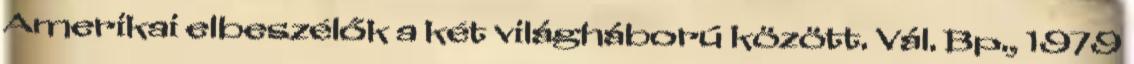
Amerikai elbeszélők a két világháború között. Vál. Bp., 1979